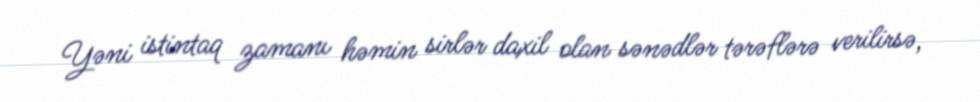
Yəni istintaq zamanı həmin sirlər daxil olan sənədlər tərəflərə verilirsə,